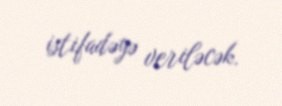
istifadəyə veriləcək.